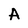
Character: A